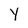
Character: Y